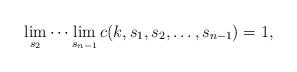
LaTeX: \begin{align*}\lim_{s_2} \cdots \lim_{s_{n-1}} c(k,s_1,s_2,\ldots,s_{n-1}) = 1,\end{align*}